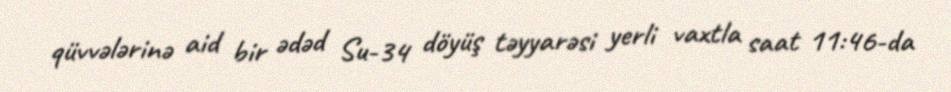
qüvvələrinə aid bir ədəd Su-34 döyüş təyyarəsi yerli vaxtla saat 11:46-da